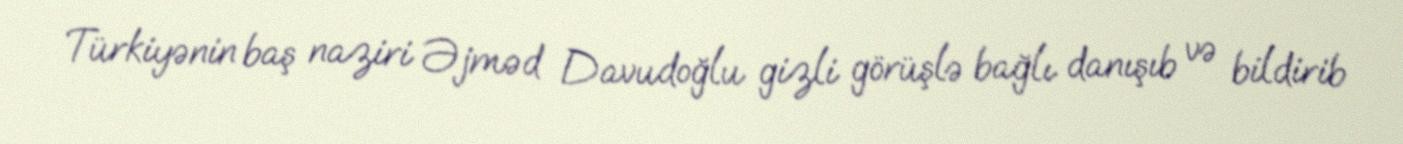
Türkiyənin baş naziri Əjməd Davudoğlu gizli görüşlə bağlı danışıb və bildirib